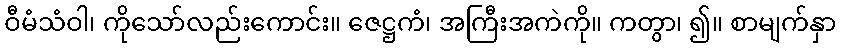
ဝီမံသံဝါ၊ ကိုသော်လည်းကောင်း။ ဇေဋ္ဌကံ၊ အကြီးအကဲကို။ ကတွာ၊ ၍။ စာမျက်နှာ